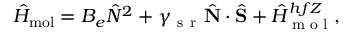
\hat { H } _ { \mathrm { m o l } } = B _ { e } \hat { N } ^ { 2 } + \gamma _ { \mathrm { ~ s ~ r ~ } } \hat { \mathbf { N } } \cdot \hat { \mathbf { S } } + \hat { H } _ { \textrm { m o l } } ^ { h f Z } ,